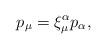
LaTeX: \begin{align*} p_\mu=\xi_\mu^\alpha p_\alpha,\end{align*}